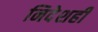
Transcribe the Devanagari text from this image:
निदेशही